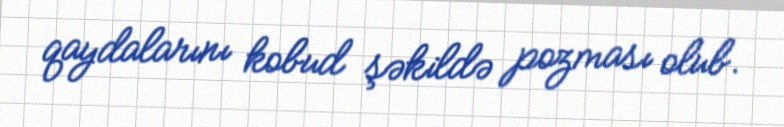
qaydalarını kobud şəkildə pozması olub.